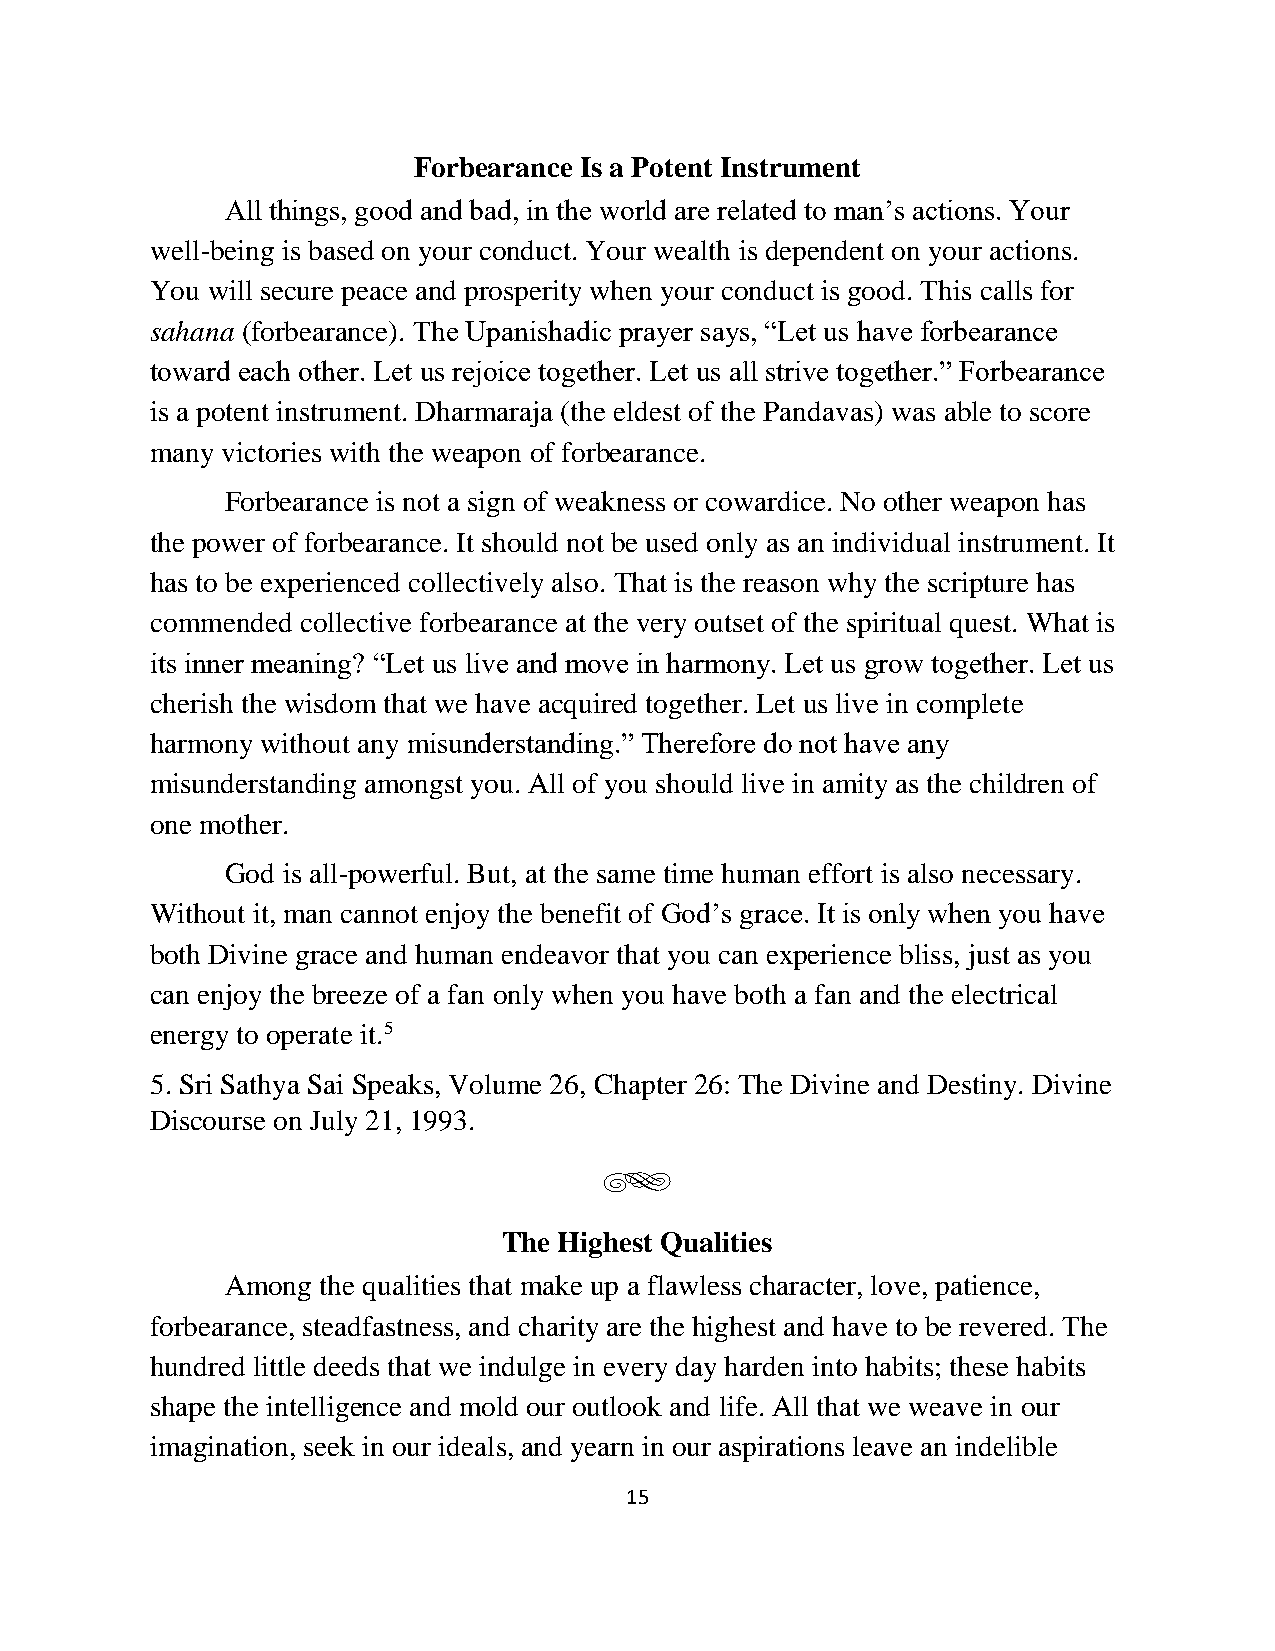
Forbearance Is a Potent Instrument
 All things, good and bad, in the world are related to man’s actions. Your
 well-being is based on your conduct. Your wealth is dependent on your actions.
 You will secure peace and prosperity when your conduct is good. This calls for
 sahana (forbearance). The Upanishadic prayer says, “Let us have forbearance
 toward each other. Let us rejoice together. Let us all strive together.” Forbearance
 is a potent instrument. Dharmaraja (the eldest of the Pandavas) was able to score
 many victories with the weapon of forbearance.
 Forbearance is not a sign of weakness or cowardice. No other weapon has
 the power of forbearance. It should not be used only as an individual instrument. It
 has to be experienced collectively also. That is the reason why the scripture has
 commended collective forbearance at the very outset of the spiritual quest. What is
 its inner meaning? “Let us live and move in harmony. Let us grow together. Let us
 cherish the wisdom that we have acquired together. Let us live in complete
 harmony without any misunderstanding.” Therefore do not have any
 misunderstanding amongst you. All of you should live in amity as the children of
 one mother.
 God is all-powerful. But, at the same time human effort is also necessary.
 Without it, man cannot enjoy the benefit of God’s grace. It is only when you have
 both Divine grace and human endeavor that you can experience bliss, just as you
 can enjoy the breeze of a fan only when you have both a fan and the electrical
 energy to operate it.5
 5. Sri Sathya Sai Speaks, Volume 26, Chapter 26: The Divine and Destiny. Divine
 Discourse on July 21, 1993.
 g
 The Highest Qualities
 Among the qualities that make up a flawless character, love, patience,
 forbearance, steadfastness, and charity are the highest and have to be revered. The
 hundred little deeds that we indulge in every day harden into habits; these habits
 shape the intelligence and mold our outlook and life. All that we weave in our
 imagination, seek in our ideals, and yearn in our aspirations leave an indelible
 15